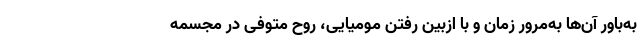
به‌باور آن‌ها به‌مرور زمان و با ازبین رفتن مومیایی، روح متوفی در مجسمه